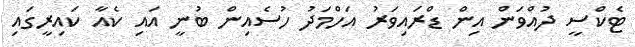
ޓެކްސީ ދުއްވަން އިން ޑްރައިވަރު އަހްމަދު ހުސެއިން ބުނީ އައި ކެއާ ކައިރީގައި